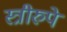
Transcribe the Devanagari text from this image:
स्त्रीरुपे